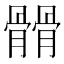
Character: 𩪆